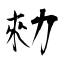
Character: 勑